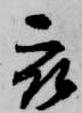
被